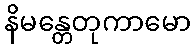
နိမန္တေတုကာမော